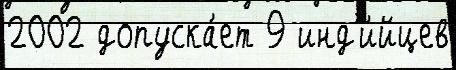
2002 допуска́ет 9 инд'и́йцев